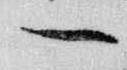
一